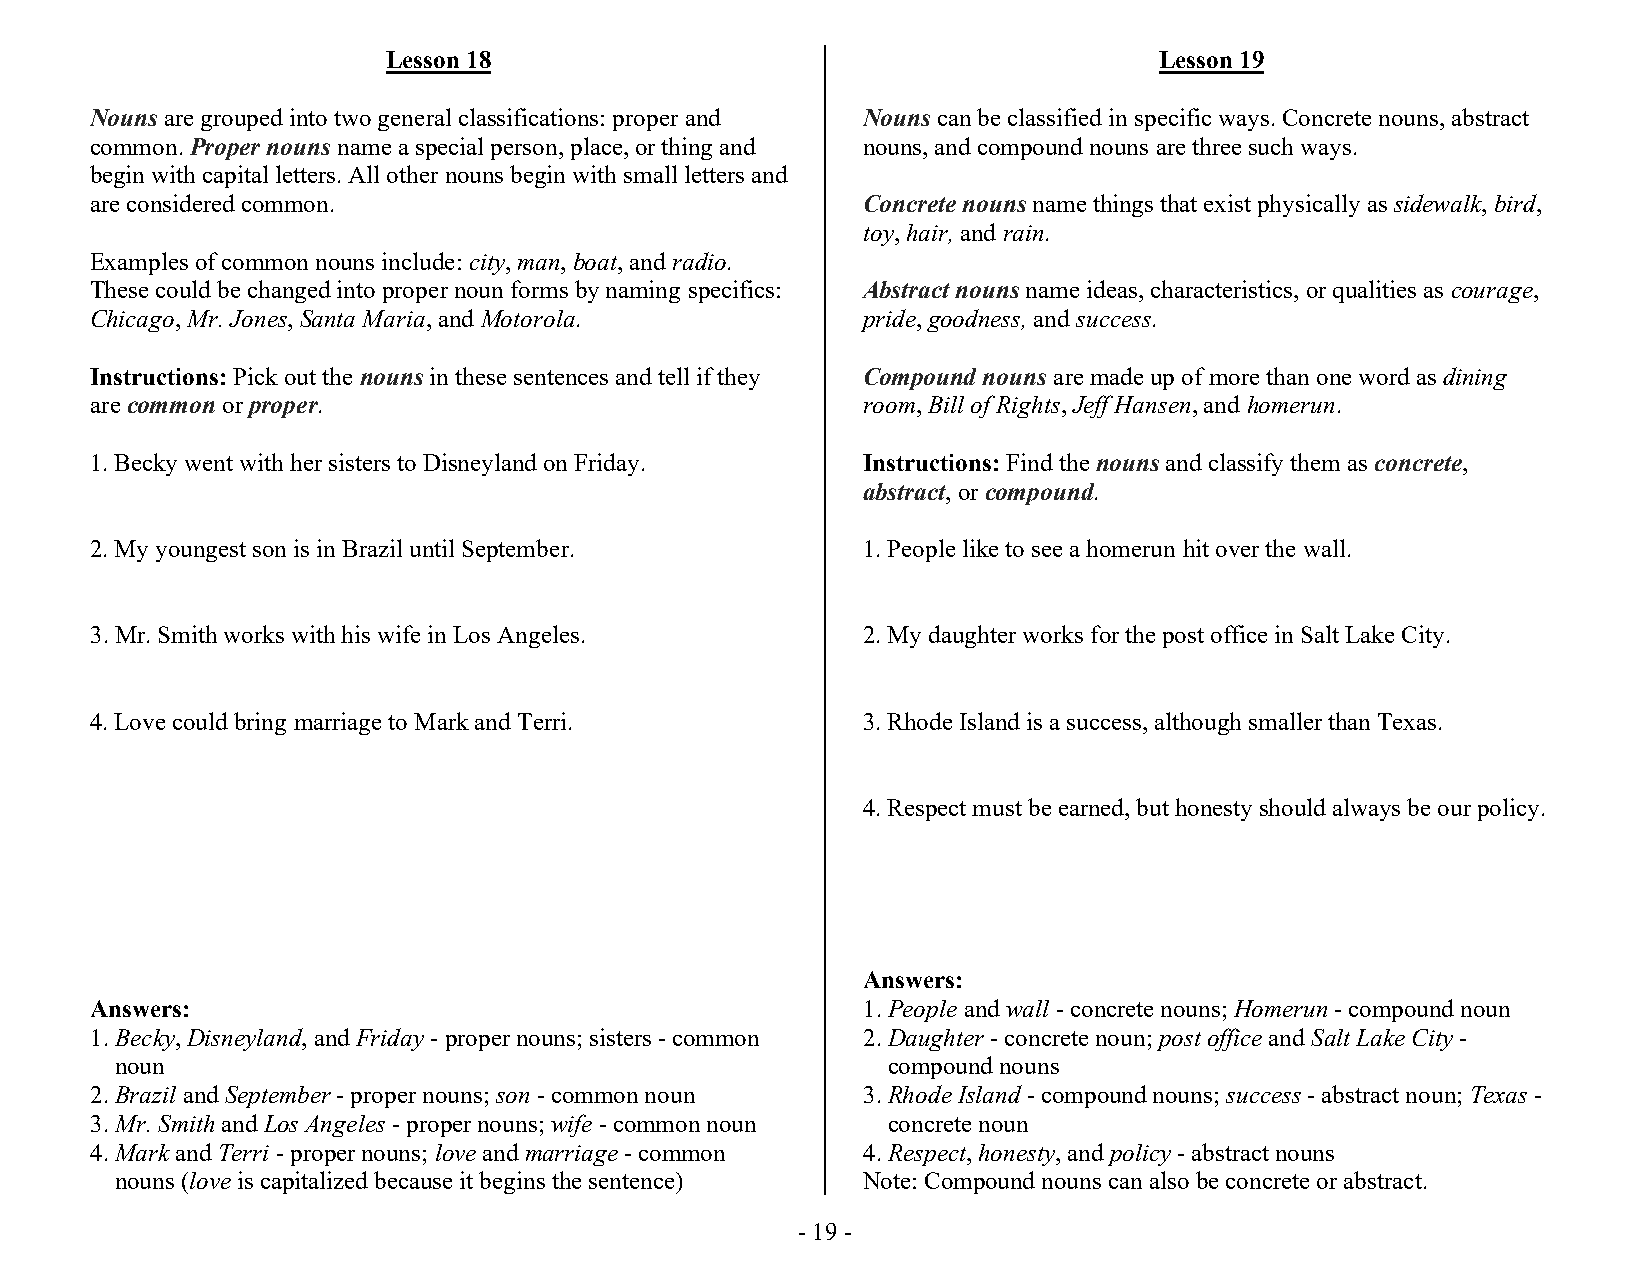
Lesson 18                                          Lesson 19
 Nouns are grouped into two general classifications: proper and Nouns can be classified in specific ways. Concrete nouns, abstract
 common. Proper nouns name a special person, place, or thing and nouns, and compound nouns are three such ways.
 begin with capital letters. All other nouns begin with small letters and
 are considered common.                             Concrete nouns name things that exist physically as sidewalk, bird,
 toy, hair, and rain.
 Examples of common nouns include: city, man, boat, and radio.
 These could be changed into proper noun forms by naming specifics: Abstract nouns name ideas, characteristics, or qualities as courage,
 Chicago, Mr. Jones, Santa Maria, and Motorola.     pride, goodness, and success.
 Instructions: Pick out the nouns in these sentences and tell if they Compound nouns are made up of more than one word as dining
 are common or proper.                              room, Bill of Rights, Jeff Hansen, and homerun.
 1. Becky went with her sisters to Disneyland on Friday. Instructions: Find the nouns and classify them as concrete,
 abstract, or compound.
 2. My youngest son is in Brazil until September.   1. People like to see a homerun hit over the wall.
 3. Mr. Smith works with his wife in Los Angeles.   2. My daughter works for the post office in Salt Lake City.
 4. Love could bring marriage to Mark and Terri.    3. Rhode Island is a success, although smaller than Texas.
 4. Respect must be earned, but honesty should always be our policy.
 Answers:
 Answers:                                           1. People and wall - concrete nouns; Homerun - compound noun
 1. Becky, Disneyland, and Friday - proper nouns; sisters - common 2. Daughter - concrete noun; post office and Salt Lake City -
 noun                                               compound nouns
 2. Brazil and September - proper nouns; son - common noun 3. Rhode Island - compound nouns; success - abstract noun; Texas -
 3. Mr. Smith and Los Angeles - proper nouns; wife - common noun concrete noun
 4. Mark and Terri - proper nouns; love and marriage - common 4. Respect, honesty, and policy - abstract nouns
 nouns (love is capitalized because it begins the sentence) Note: Compound nouns can also be concrete or abstract.
 - 19 -